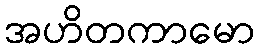
အဟိတကာမော